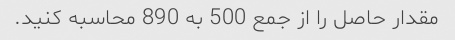
مقدار حاصل را از جمع 500 به 890 محاسبه کنید.